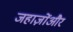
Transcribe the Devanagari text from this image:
जहाज़ोंऔर